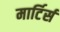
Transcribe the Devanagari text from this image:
मार्टिर्स